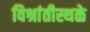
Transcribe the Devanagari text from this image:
विश्रांतीस्थळे